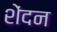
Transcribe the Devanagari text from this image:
शेंदन